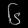
Digit: ၆